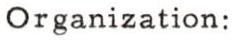
Organization: